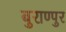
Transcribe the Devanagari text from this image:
बुराण्पुर